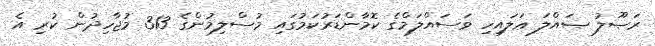
ރަޞޫލު ޞައްލަ ޢަލައިހި ވަސައްލަމްގެ ކޮމާންޑަރުކަމުގައި މުސްލިމުންގެ 313 މުޖާހިދުން ކުރި އެ